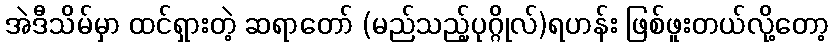
အဲဒီသိမ်မှာ ထင်ရှားတဲ့ ဆရာတော် (မည်သည့်ပုဂ္ဂိုလ်)ရဟန်း ဖြစ်ဖူးတယ်လို့တော့